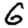
Digit: 6